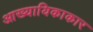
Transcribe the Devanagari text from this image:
आख्यायिकाकार